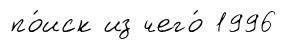
по́иск из чего́ 1996